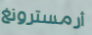
أرمسترونغ